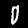
Digit: 0